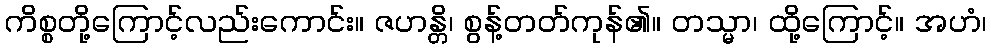
ကိစ္စတို့ကြောင့်လည်းကောင်း။ ဇဟန္တိ၊ စွန့်တတ်ကုန်၏။ တသ္မာ၊ ထို့ကြောင့်။ အဟံ၊